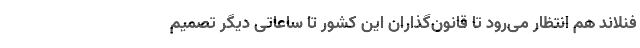
فنلاند هم انتظار می‌رود تا قانون‌گذاران این کشور تا ساعاتی دیگر تصمیم